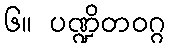
၆။ ပဏ္ဍိတဝဂ္ဂ